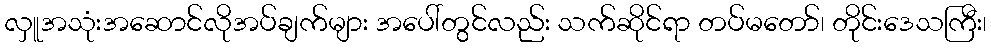
လှူအသုံးအဆောင်လိုအပ်ချက်များ အပေါ်တွင်လည်း သက်ဆိုင်ရာ တပ်မတော်၊ တိုင်းဒေသကြီး၊